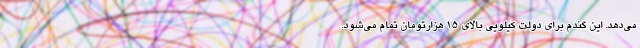
می‌دهد. این گندم برای دولت کیلویی بالای ۱۵ هزارتومان تمام می‌شود.